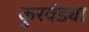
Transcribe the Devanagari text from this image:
कुरवंड्या